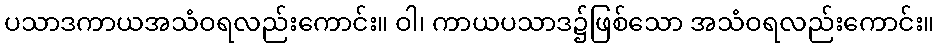
ပသာဒကာယအသံဝရလည်းကောင်း။ ဝါ၊ ကာယပသာဒ၌ဖြစ်သော အသံဝရလည်းကောင်း။